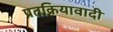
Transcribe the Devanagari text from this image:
प्रतक्रियावादी